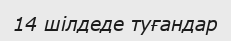
14 шілдеде туғандар